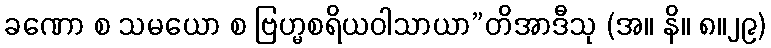
ခဏော စ သမယော စ ဗြဟ္မစရိယဝါသာယာ”တိအာဒီသု (အ။ နိ။ ၈။၂၉)